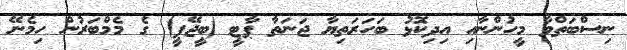
ނިސްބަތްވާ މީހުންނާއި އިދިކޮޅު ބަހަރަތިޔާ ޖަނަތާ ޕާޓީ (ބީޖޭޕީ) ގެ މެމްބަރުން ހިމެނޭ